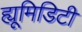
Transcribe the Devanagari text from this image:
ह्यूमिडिटी